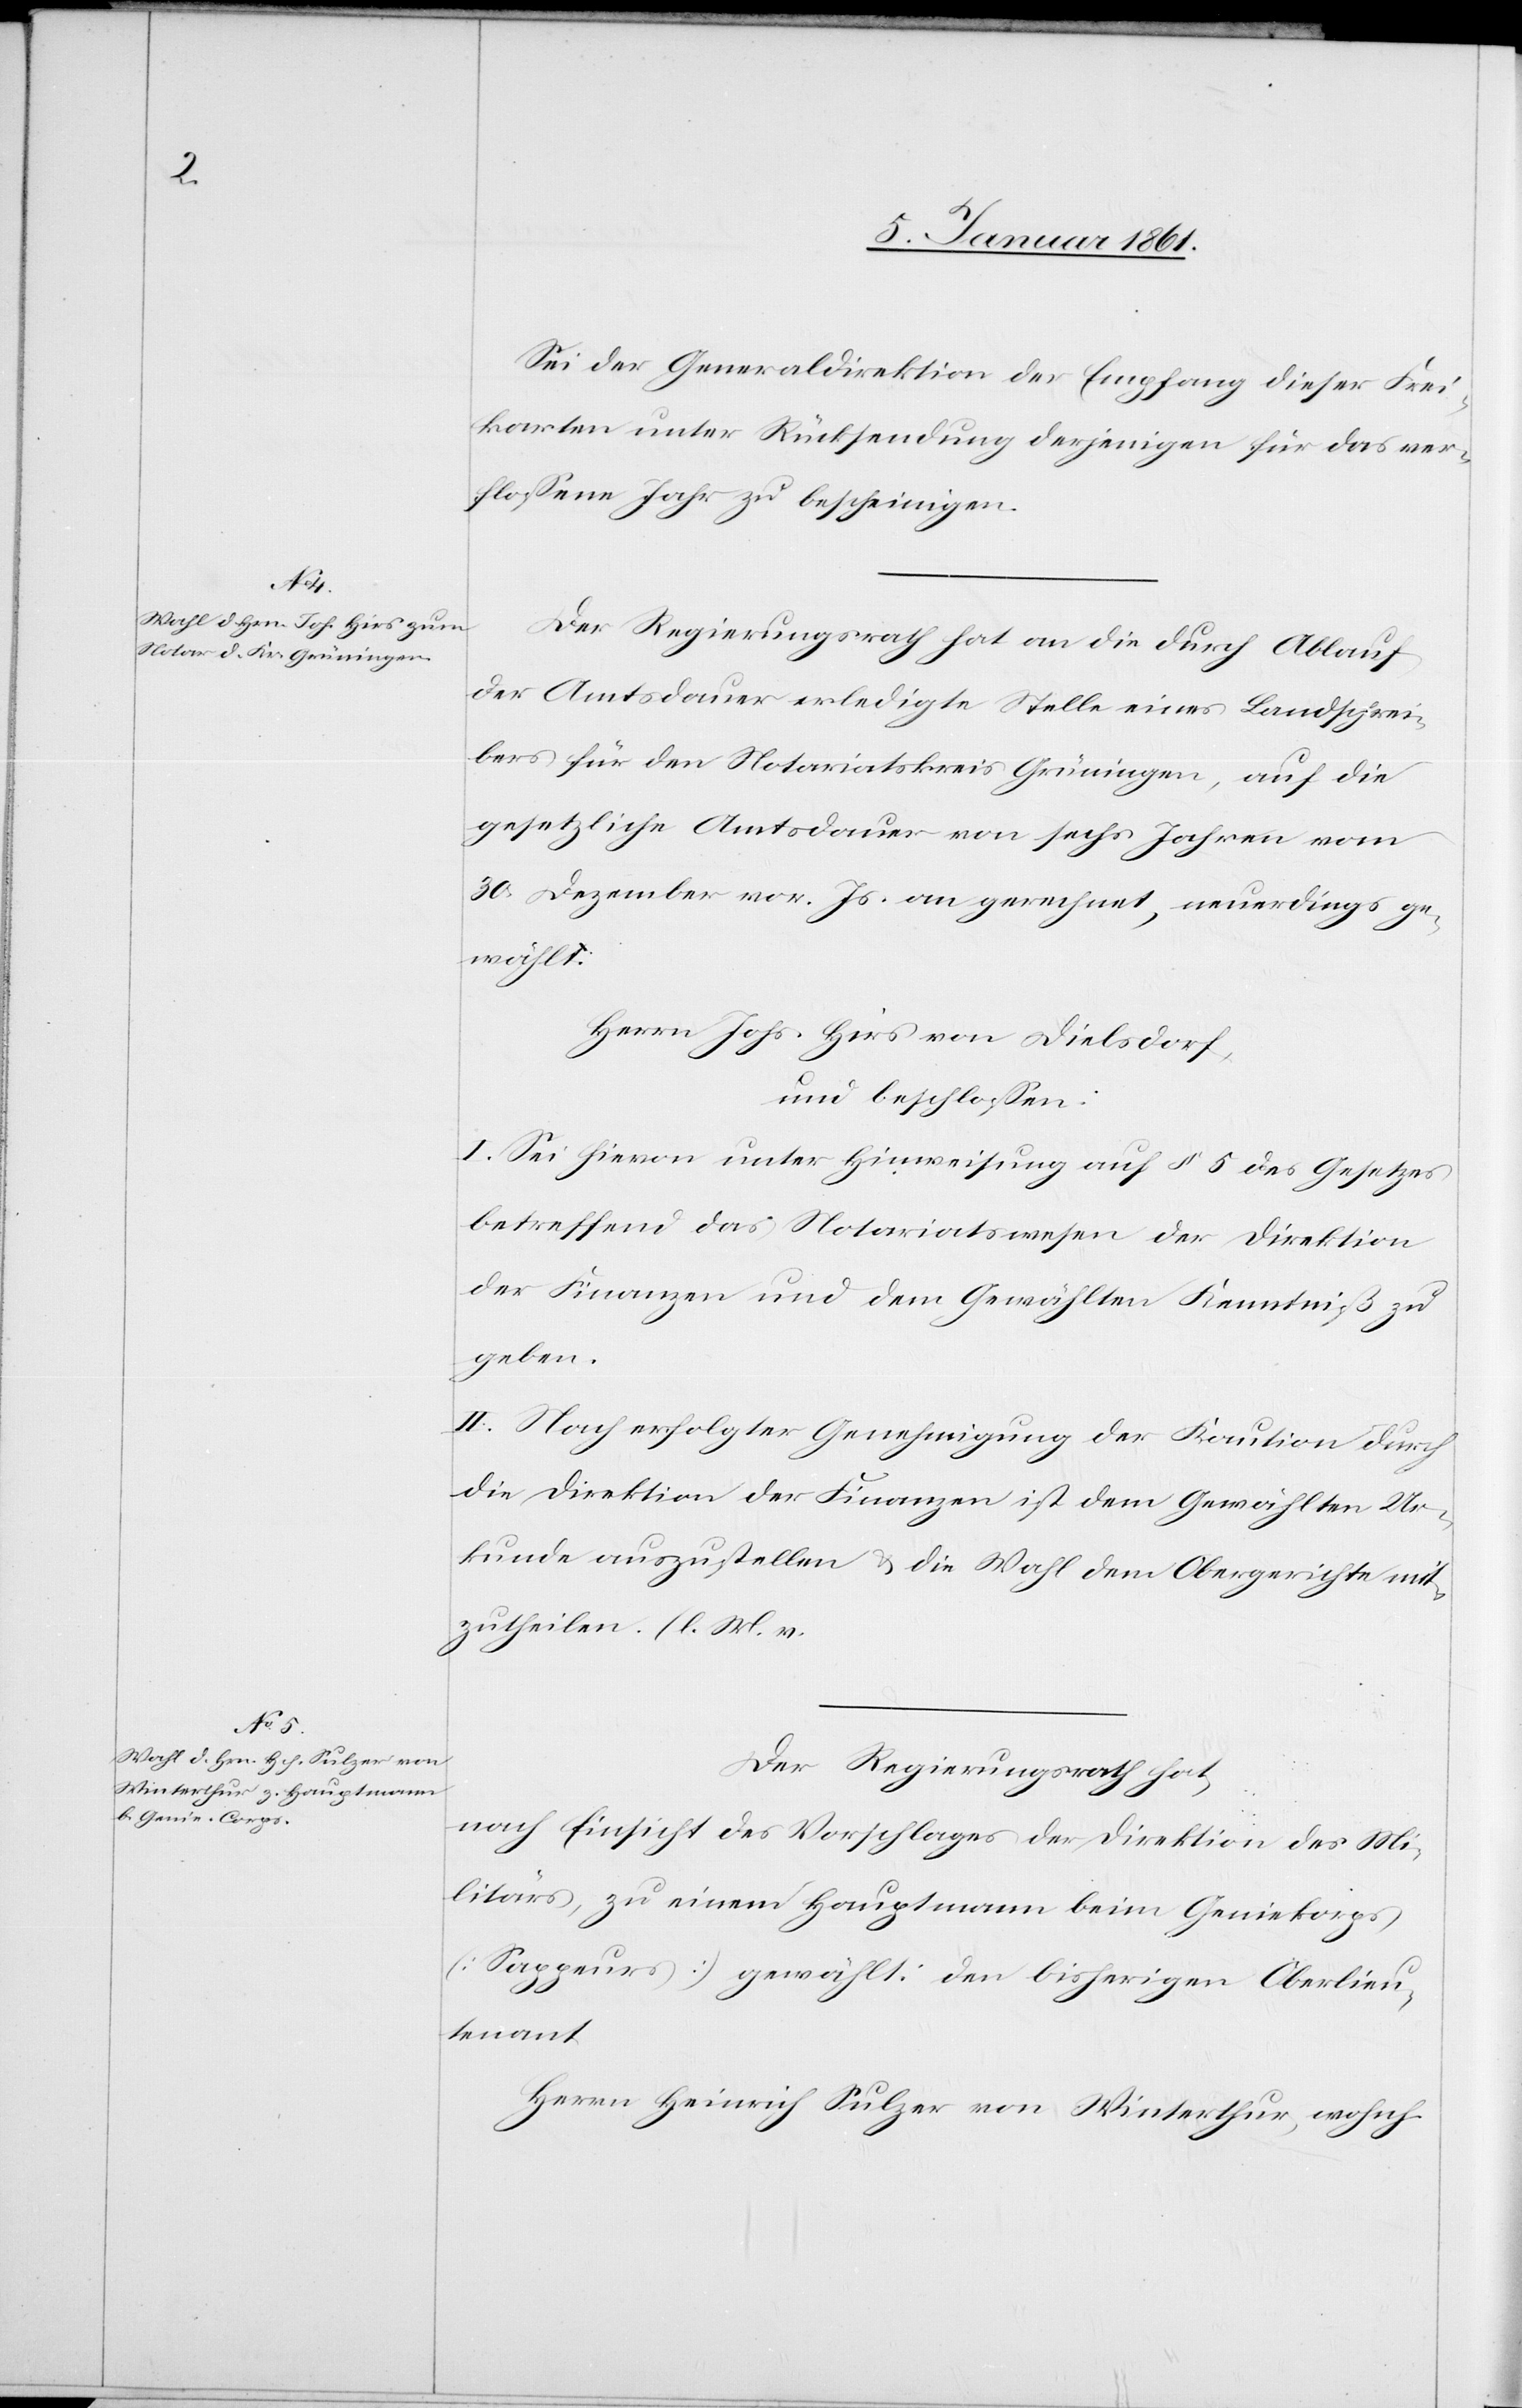
Sei der Generaldirektion der Empfang dieser Frei¬
karten unter Rücksendung derjenigen für das ver¬
schlossene Jahr zu bescheinigen.
Der Regierungsrath hat an die durch Ablauf
der Amtsdauer erledigte Stelle eines Landschrei¬
bers für den Notariatskreis Grüningen, auf die
gesetzliche Amtsdauer von sechs Jahren vom
30. Dezember vor. Js. an gerechnet, neuerdings ge¬
wählt:
Herrn Johs. Hies von Dielsdorf,
und beschlossen:
I. Sei hievon unter Hinweisung auf §. 5 des Gesetzes
betreffend das Notariatswesen der Direktion
der Finanzen und dem Gewählten Kenntniß zu
geben.
II. Nach erfolgter Genehmigung der Kaution durch
die Direktion der Finanzen ist dem Gewählten Ur¬
kunde zuzustellen u. die Wahl dem Obergerichte mit¬
zutheilen. (l. M. v.
Der Regierungsrath hat,
nach Einsicht des Vorschlages der Direktion des Mi¬
litärs, zu einem Hauptmann beim Geniekorps
(Sappeurs) gewählt, den bisherigen Oberlieu¬
tenant
Herrn Heinrich Sulzer von Winterthur, wohnh.